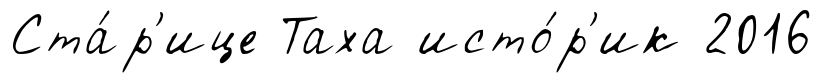
Ста́р'ице Таха исто́р'ик 2016